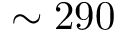
\sim 2 9 0